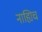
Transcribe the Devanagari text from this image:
नाह्यिच